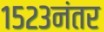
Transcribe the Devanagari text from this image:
१५२३नंतर